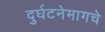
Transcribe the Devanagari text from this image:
दुर्घटनेमागचे